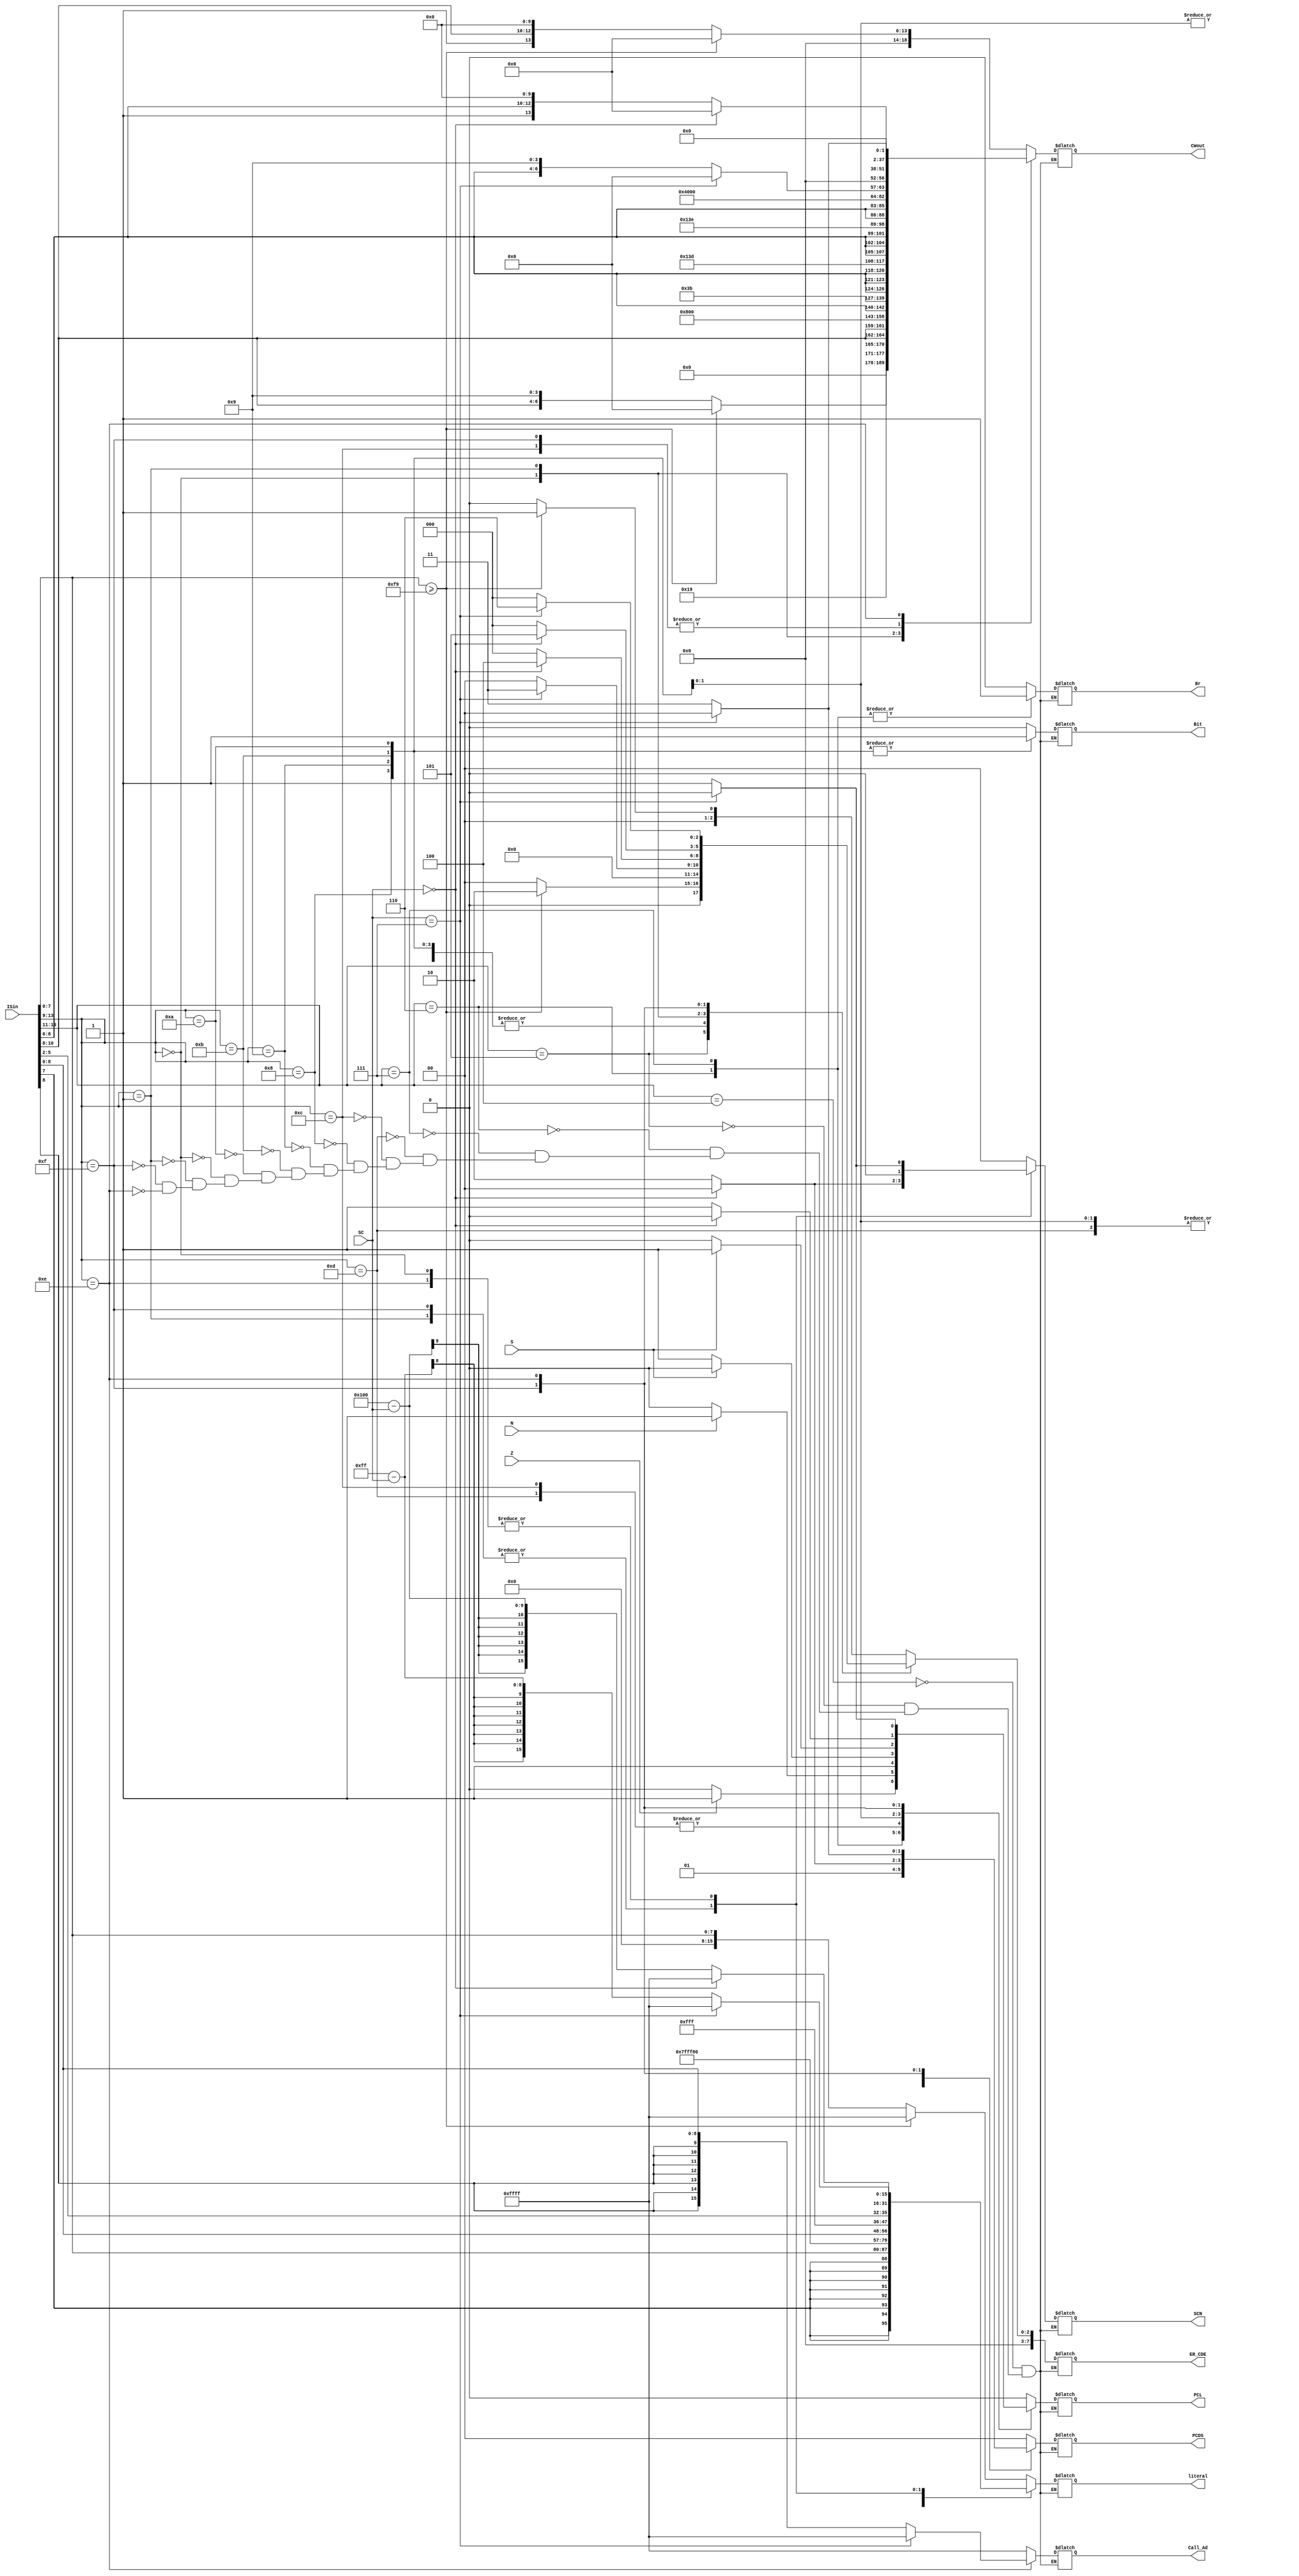
module ID_10_Handler (ISin, Z, N, S, CWout, literal, PCL, PCDS, Br, Bit, SC, SCN, Call_Ad, ER_CDE);
input [13:0] ISin;
input Z, N, S;
input [2:0] SC;
output reg [15:0] literal;
output reg [18:0] CWout;
output reg PCL;
output reg [1:0] PCDS;
output reg Br;
output reg Bit;
output reg [1:0] SCN;
output reg [15:0] Call_Ad;
output reg [7:0] ER_CDE;

always @(ISin) begin
casex (ISin[13:9])

5'b100xx: //Load Mem

if(ISin[7:0] >= 249) begin 
 
 CWout = {19'b0000000000000000000};
 literal = 16'b1111111111111111;

 PCL = 1'b0;
 PCDS = 2'b00;
 Br = 1'b0;
 Bit = 1'b0;
 SCN = 2'b00;
 Call_Ad = 16'b1111111111111111;
 ER_CDE = 8'b00000001; end
 
 else begin
 CWout = {6'b000001,ISin[10:8],10'b0000000000}; 
 literal = {8'b00000000,ISin[7:0]}; 
 PCL = 1'b0;
 PCDS = 2'b00;
 Br = 1'b0;
 Bit = 1'b0;
 SCN = 2'b00;
 Call_Ad = 16'b1111111111111111;
 ER_CDE = 8'b00000000; end
 

5'b101xx: //Store Mem

if(ISin[7:0] >= 249) begin 
 
 CWout = {19'b0000000000000000000};
 literal = 16'b1111111111111111;

 PCL = 1'b0;
 PCDS = 2'b00;
 Br = 1'b0;
 Bit = 1'b0;
 SCN = 2'b00;
 Call_Ad = 16'b1111111111111111;
 ER_CDE = 8'b00000010; end


 else begin
 CWout = {12'b000000000000,ISin[10:8],4'b1001}; 
 literal = {8'b00000000,ISin[7:0]};
 PCL = 1'b0;
 PCDS = 2'b00;
 Br = 1'b0;
 Bit = 1'b0;
 SCN = 2'b00;
 Call_Ad = 16'b1111111111111111;
 ER_CDE = 8'b00000000; end
 
5'b110xx: begin  CWout = {6'b011001,ISin[10:8],ISin[10:8],7'b0000100}; //Branch if Zero
 literal = {ISin[7],ISin[7],ISin[7],ISin[7],ISin[7],ISin[7],ISin[7],ISin[7],ISin[7:0]};

 case(Z)
 
 1'b0: begin 
 PCL = 1'b0;
 PCDS = 2'b00;
 Br = 1'b1;
 Bit = 1'b0;
 SCN = 2'b00;
 Call_Ad = 16'b1111111111111111;
 ER_CDE = 8'b00000000; end

 1'b1: begin
 PCL = 1'b1;
 PCDS = 2'b00;
 Br = 1'b1;
 Bit = 1'b0;
 SCN = 2'b00;
 Call_Ad = 16'b1111111111111111;
 ER_CDE = 8'b00000000; end
 
 endcase
 end
 
5'b111xx: begin  CWout = {6'b011001,ISin[10:8],ISin[10:8],7'b0000100}; //Branch if Negative
 literal = {ISin[7],ISin[7],ISin[7],ISin[7],ISin[7],ISin[7],ISin[7],ISin[7],ISin[7:0]};
 
 case(N)
 
 1'b0: begin 
 PCL = 1'b0;
 PCDS = 2'b00;
 Br = 1'b1;
 Bit = 1'b0;
 SCN = 2'b00;
 Call_Ad = 16'b1111111111111111;
 ER_CDE = 8'b00000000; end

 1'b1: begin
 PCL = 1'b1;
 PCDS = 2'b00;
 Br = 1'b1;
 Bit = 1'b0;
 SCN = 2'b00;
 Call_Ad = 16'b1111111111111111;
 ER_CDE = 8'b00000000; end
 
 endcase
 end
 
5'b01101: begin  CWout = {9'b000000000,ISin[8:6],7'b0000000}; //Jump Register
 literal = 16'b1111111111111111;
 PCL = 1'b1;
 PCDS = 2'b01;
 Br = 1'b0;
 Bit = 1'b0;
 SCN = 2'b00;
 Call_Ad = 16'b1111111111111111;
 ER_CDE = 8'b00000000; end
 
5'b01100: begin  CWout = {16'b0}; //Jump Immediate
 literal = {7'b0000000,ISin[8:0]};
 PCL = 1'b1;
 PCDS = 2'b00;
 Br = 1'b0;
 Bit = 1'b0;
 SCN = 2'b00;
 Call_Ad = 16'b1111111111111111;
 ER_CDE = 8'b00000000; end

5'b01000: begin  CWout = {6'b111011,ISin[8:6],ISin[8:6],ISin[8:6],4'b0100}; //Bitwise Clear
 literal = {12'b111111111111,ISin[5:2]};
 PCL = 1'b0;
 PCDS = 2'b00;
 Br = 1'b0;
 Bit = 1'b1;
 SCN = 2'b00;
 Call_Ad = 16'b1111111111111111;
 ER_CDE = 8'b00000000; end
 
5'b01001: begin  CWout = {6'b111101,ISin[8:6],ISin[8:6],ISin[8:6],4'b0100}; //Bitwise Set
 literal = {12'b111111111111,ISin[5:2]};
 PCL = 1'b0;
 PCDS = 2'b00;
 Br = 1'b0;
 Bit = 1'b1;
 SCN = 2'b00;
 Call_Ad = 16'b1111111111111111;
 ER_CDE = 8'b00000000; end
 
5'b01011: begin  CWout = {6'b111110,ISin[8:6],ISin[8:6],7'b0000100}; //Bitwise Test Skip if Clear
 literal = {12'b111111111111,ISin[5:2]};
 
case(S)
 
 1'b0: begin 
 PCL = 1'b1;
 PCDS = 2'b01;
 Br = 1'b0;
 Bit = 1'b1;
 SCN = 2'b00;
 Call_Ad = 16'b1111111111111111;
 ER_CDE = 8'b00000000; end

 1'b1: begin
 PCL = 1'b0;
 PCDS = 2'b01;
 Br = 1'b0;
 Bit = 1'b1;
 SCN = 2'b00;
 Call_Ad = 16'b1111111111111111;
 ER_CDE = 8'b00000000; end
 
 endcase
 end
 
 5'b01010: begin  CWout = {6'b111110,ISin[8:6],ISin[8:6],7'b0000100}; //Bitwise Test Skip if Set
 literal = {12'b111111111111,ISin[5:2]};
 
case(S)
 
 1'b0: begin 
 PCL = 1'b0;
 PCDS = 2'b01;
 Br = 1'b0;
 Bit = 1'b1;
 SCN = 2'b00;
 Call_Ad = 16'b1111111111111111;
 ER_CDE = 8'b00000000; end

 1'b1: begin
 PCL = 1'b1;
 PCDS = 2'b01;
 Br = 1'b0;
 Bit = 1'b1;
 SCN = 2'b00;
 Call_Ad = 16'b1111111111111111;
 ER_CDE = 8'b00000000; end
 
 endcase
 end
 
5'b00000: //PUSH 

if(SC == 3'b111) begin 
 
 CWout = {19'b0000000000000000000};
 literal = 16'b1111111111111111;

 PCL = 1'b0;
 PCDS = 2'b00;
 Br = 1'b0;
 Bit = 1'b0;
 SCN = 2'b00;
 Call_Ad = 16'b1111111111111111;
 ER_CDE = 8'b00000011; end
 
 else begin
 CWout = {12'b000000000000,ISin[8:6],4'b1001};
 literal = 16'b0000000011111111 - {13'b0000000000000,SC[2:0]};

 PCL = 1'b0;
 PCDS = 2'b00;
 Br = 1'b0;
 Bit = 1'b0;
 SCN = 2'b01;
 Call_Ad = 16'b1111111111111111;
 ER_CDE = 8'b00000000; end
 
 
5'b00001: //POP 

if(SC == 3'b000) begin 
 
 CWout = {19'b0000000000000000000};
 literal = 16'b1111111111111111;

 PCL = 1'b0;
 PCDS = 2'b00;
 Br = 1'b0;
 Bit = 1'b0;
 SCN = 2'b00;
 Call_Ad = 16'b1111111111111111;
 ER_CDE = 8'b00000100; end
 
 else begin
 CWout = {6'b000001,ISin[8:6],10'b0000000000};
 literal = 16'b0000000100000000 - {13'b0000000000000,SC[2:0]};

 PCL = 1'b0;
 PCDS = 2'b00;
 Br = 1'b0;
 Bit = 1'b0;
 SCN = 2'b10;
 Call_Ad = 16'b1111111111111111;
 ER_CDE = 8'b00000000; end

5'b01111: //Return PC

if(SC == 3'b000) begin 
 
 CWout = {19'b0000000000000000000};
 literal = 16'b1111111111111111;

 PCL = 1'b0;
 PCDS = 2'b00;
 Br = 1'b0;
 Bit = 1'b0;
 SCN = 2'b00;
 Call_Ad = 16'b1111111111111111;
 ER_CDE = 8'b00000101; end
 
 else begin
 CWout = {19'b0000000000000000000};
 literal = 16'b0000000100000000 - {13'b0000000000000,SC[2:0]};

 PCL = 1'b1;
 PCDS = 2'b10;
 Br = 1'b0;
 Bit = 1'b0;
 SCN = 2'b10;
 Call_Ad = 16'b1111111111111111;
 ER_CDE = 8'b00000000; end
 
5'b01110: //Call

if(SC == 3'b111) begin 
 
 CWout = {19'b0000000000000000000};
 literal = 16'b1111111111111111;

 PCL = 1'b0;
 PCDS = 2'b00;
 Br = 1'b0;
 Bit = 1'b0;
 SCN = 2'b00;
 Call_Ad = 16'b1111111111111111;
 ER_CDE = 8'b00000110; end
 
 else begin
 CWout = {15'b000000000000000,4'b0011};
 literal = 16'b0000000011111111 - {13'b0000000000000,SC[2:0]};

 PCL = 1'b1;
 PCDS = 2'b11;
 Br = 1'b0;
 Bit = 1'b0;
 SCN = 2'b01;
 Call_Ad = {ISin[8],ISin[8],ISin[8],ISin[8],ISin[8],ISin[8],ISin[8],ISin[8:0]};
 ER_CDE = 8'b00000000; end
 

 
endcase
end



endmodule